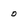
Character: 0